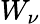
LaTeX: W_{\nu}